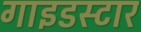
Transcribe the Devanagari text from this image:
गाइडस्टार